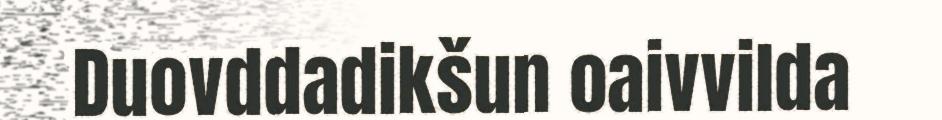
Duovddadikšun oaivvilda